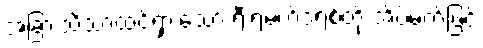
အခြားသိသာထင်ရှားသော ရီးရဲမက်ဒရစ်တို့ အိပ်မက်ဖြင့်